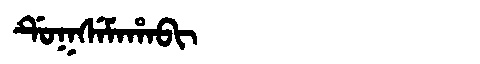
Manchu: ᡩᡠᡴᠰᡝᠮᠠᡥᠠᠪᡳ
Romanization: DUKSEMAHABI